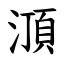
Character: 㴿